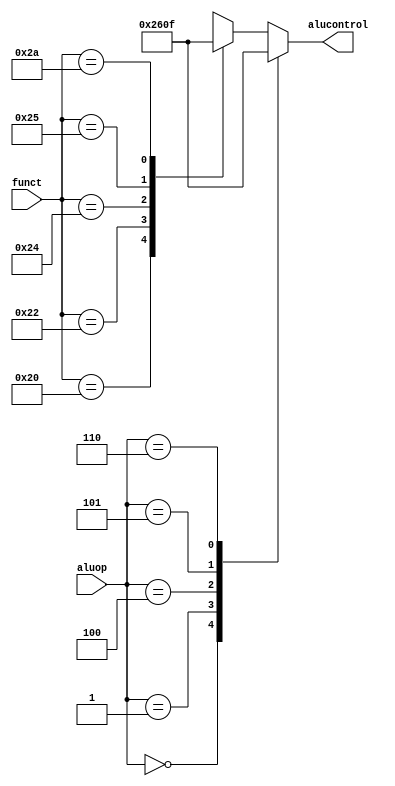
`timescale 1ns / 1ps

//alu decoder
module aludec(funct, aluop, alucontrol);
  input [5:0] funct;
  input [2:0] aluop;
  output reg [2:0] alucontrol;
  
  always @(*) begin
    case(aluop)
      3'b000 : alucontrol <= 3'b010; //add
      3'b001 : alucontrol <= 3'b011; //sub
      3'b100 : alucontrol <= 3'b000; //and
      3'b101 : alucontrol <= 3'b001; //or
      3'b110 : alucontrol <= 3'b111; //slt
      default : case(funct) //R-TYPE
        6'b100000 : alucontrol <= 3'b010; //add
        6'b100010 : alucontrol <= 3'b011; //sub
        6'b100100 : alucontrol <= 3'b000; //and
        6'b100101 : alucontrol <= 3'b001; //or
        6'b101010 : alucontrol <= 3'b111; //slt
        default :alucontrol <= 3'bxxx;
      endcase
    endcase 
  end  
endmodule